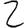
Digit: 2